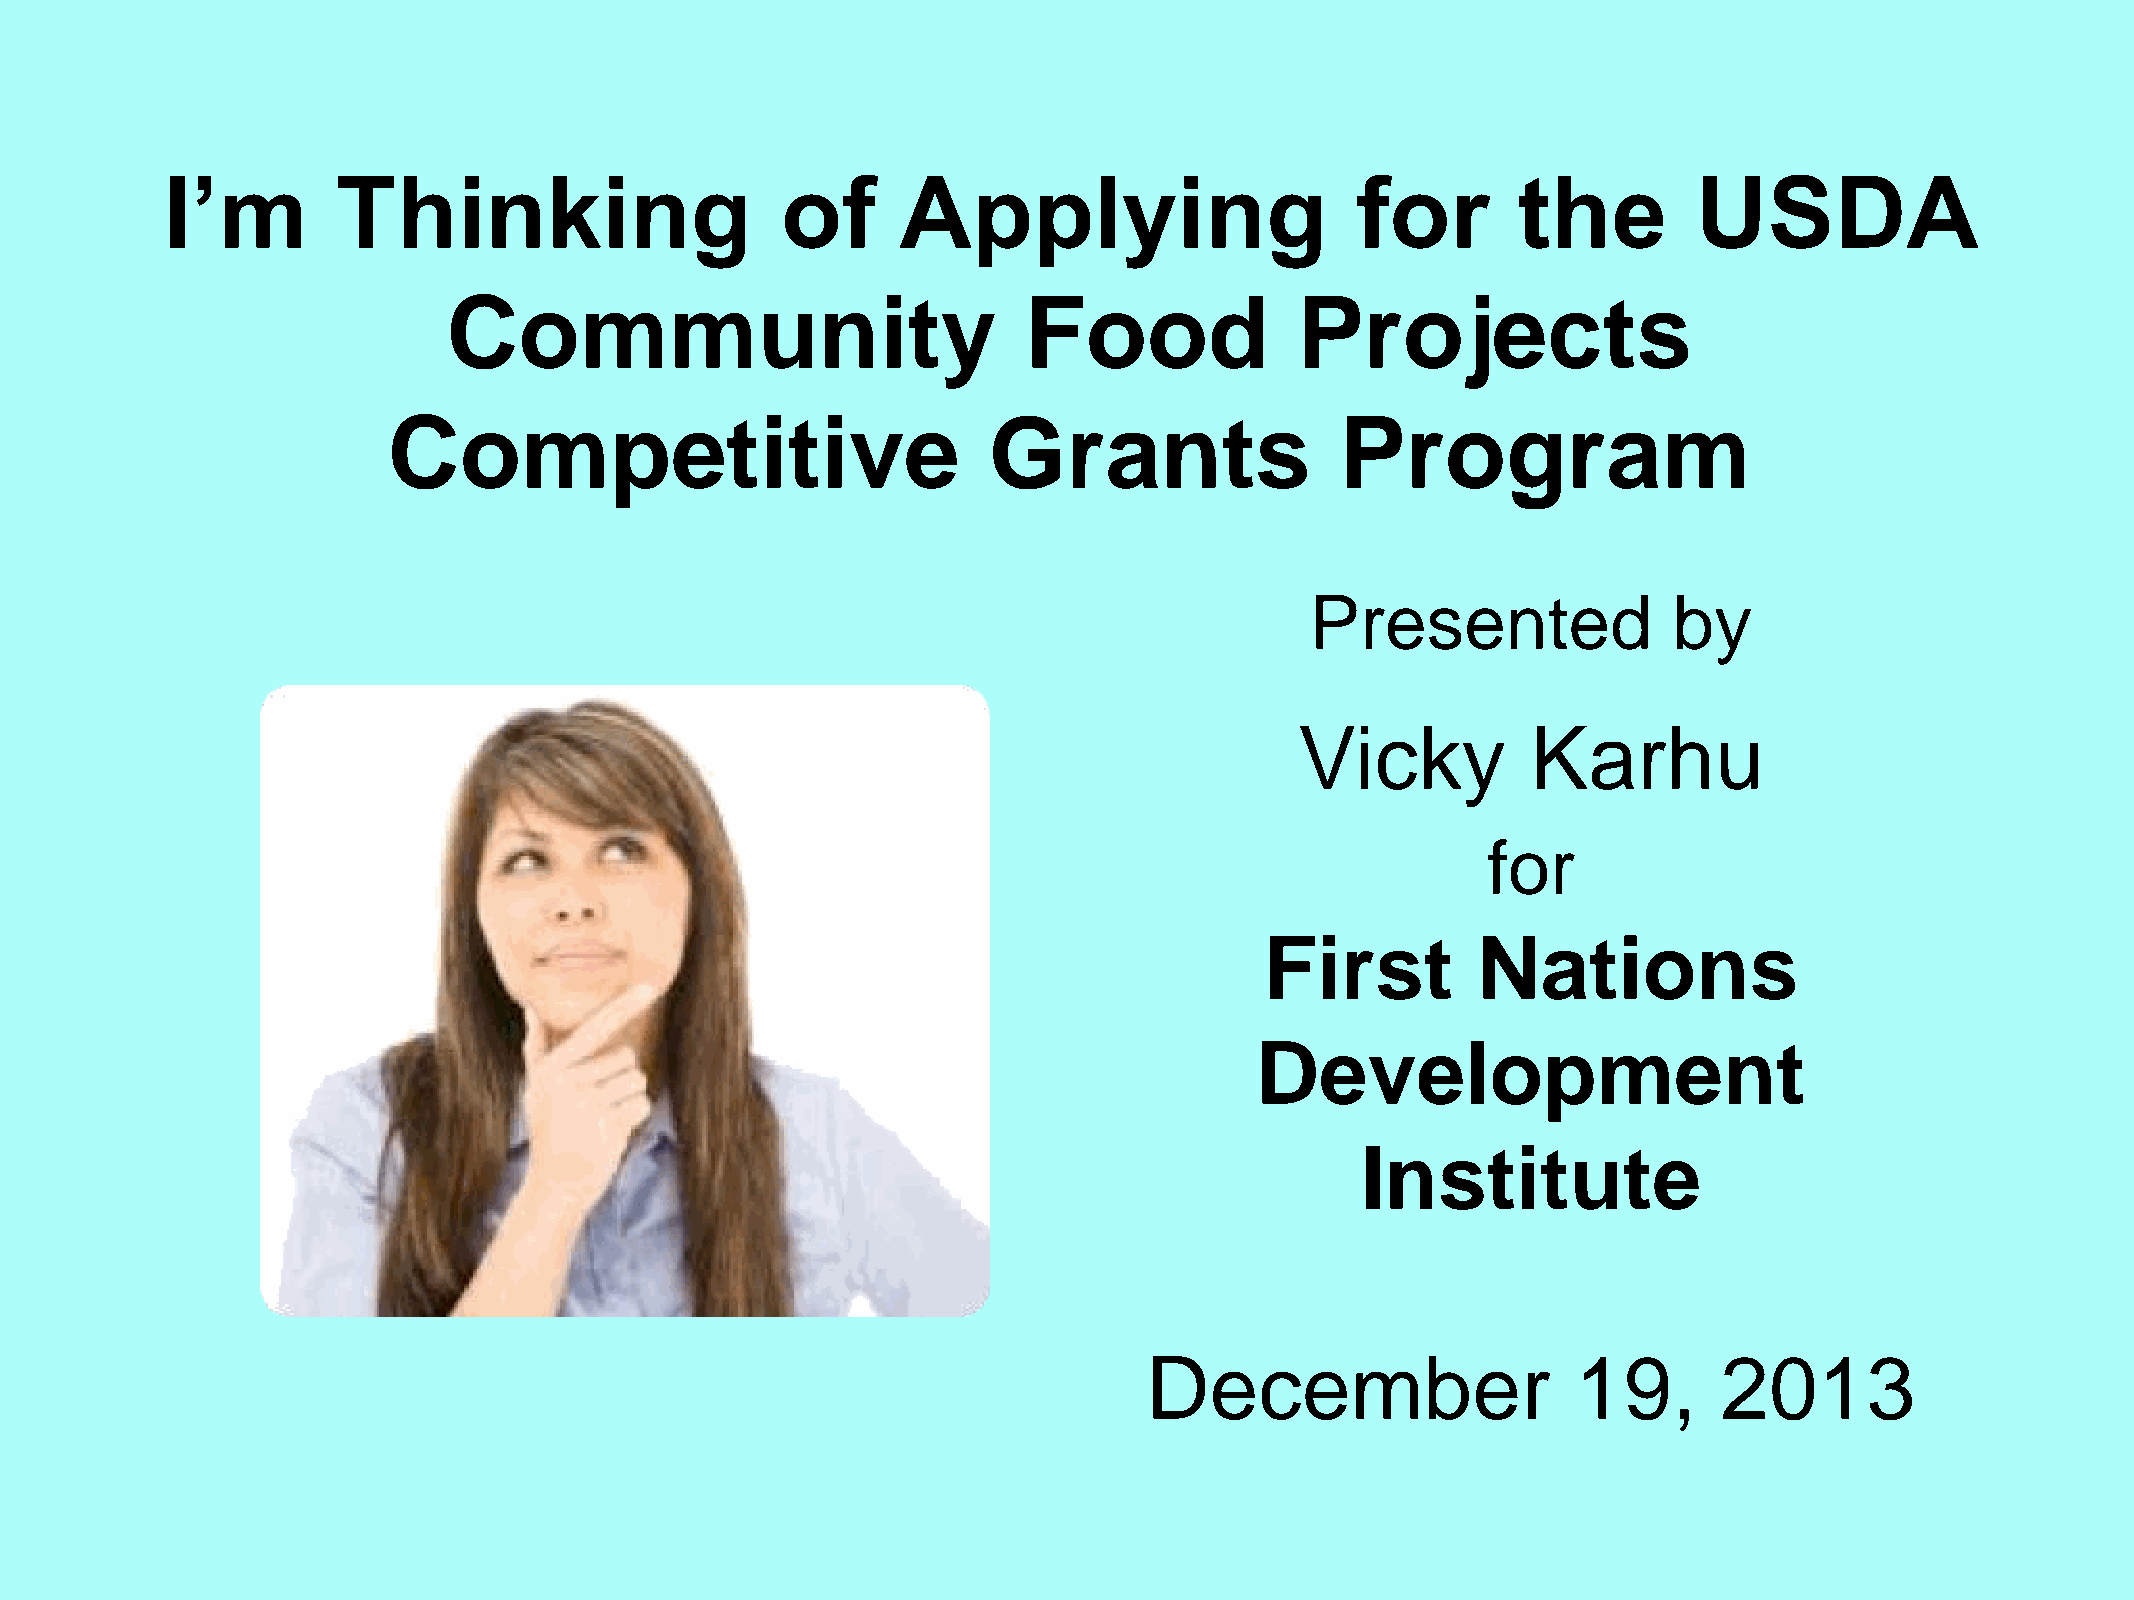
I’m        Thinking                      of      Applying                      for       the         USDA
 Community                             Food              Projects
 Competitive                            Grants                  Program
 Presented               by
 Vicky          Karhu
 for
 First         Nations
 Development
 Institute
 December                    19,       2013